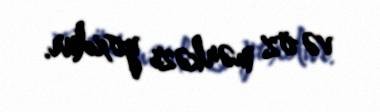
və öz mərkəzi yoxdur.